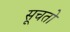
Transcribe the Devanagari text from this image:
सूचतो